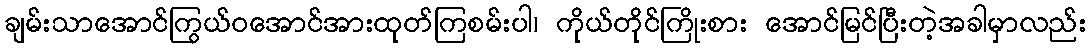
ချမ်းသာအောင်ကြွယ်ဝအောင်အားထုတ်ကြစမ်းပါ၊ ကိုယ်တိုင်ကြိုးစား အောင်မြင်ပြီးတဲ့အခါမှာလည်း